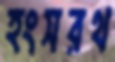
হংসরথ